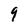
Character: 9